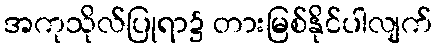
အကုသိုလ်ပြုရာ၌ တားမြစ်နိုင်ပါလျက်